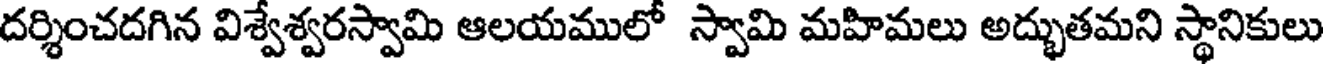
దర్శించదగిన విశ్వేశ్వరస్వామి ఆలయములో స్వామి మహిమలు అద్భుతమని స్థానికులు